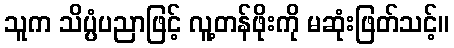
သူက သိပ္ပံပညာဖြင့် လူ့တန်ဖိုးကို မဆုံးဖြတ်သင့်။